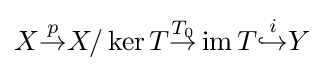
X{\overset {p}{\to }}X/\operatorname {ker} T{\overset {T_{0}}{\to }}\operatorname {im} T{\overset {i}{\hookrightarrow }}Y